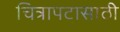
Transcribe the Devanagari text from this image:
चित्रापटासाठी